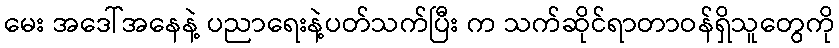
မေး အဒေါ်အနေနဲ့ ပညာရေးနဲ့ပတ်သက်ပြီး က သက်ဆိုင်ရာတာဝန်ရှိသူတွေကို